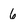
Character: 6